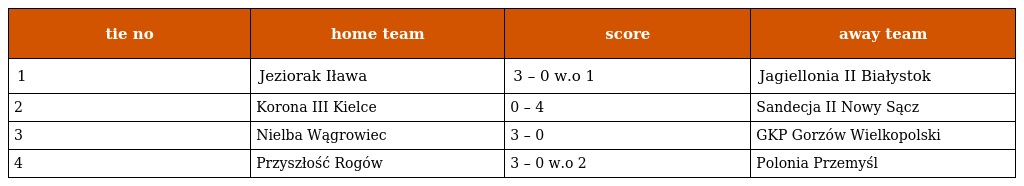
| tie no | home team | score | away team |
 | --- | --- | --- | --- |
 | 1 | Jeziorak Iława | 3 – 0 w.o 1 | Jagiellonia II Białystok |
 | 2 | Korona III Kielce | 0 – 4 | Sandecja II Nowy Sącz |
 | 3 | Nielba Wągrowiec | 3 – 0 | GKP Gorzów Wielkopolski |
 | 4 | Przyszłość Rogów | 3 – 0 w.o 2 | Polonia Przemyśl |